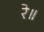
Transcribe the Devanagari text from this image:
रे॥